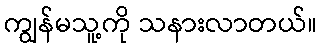
ကျွန်မသူ့ကို သနားလာတယ်။